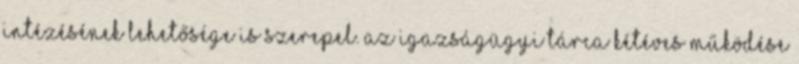
intézésének lehetősége is szerepel. Az igazságügyi tárca kétéves működése